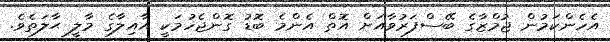
އެހެންކަމުން ޖުމްޒާގެ ބޭސްފަރުވާއަށް އޮތް އެންމެ ބޮޑު ގޮންޖެހުމަކީ އާއިލާގެ މާލީ ޙާލަތެވެ.